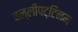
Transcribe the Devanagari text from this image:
वल्लीपट्टिनम